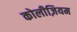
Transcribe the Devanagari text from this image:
कोलीज़ियम